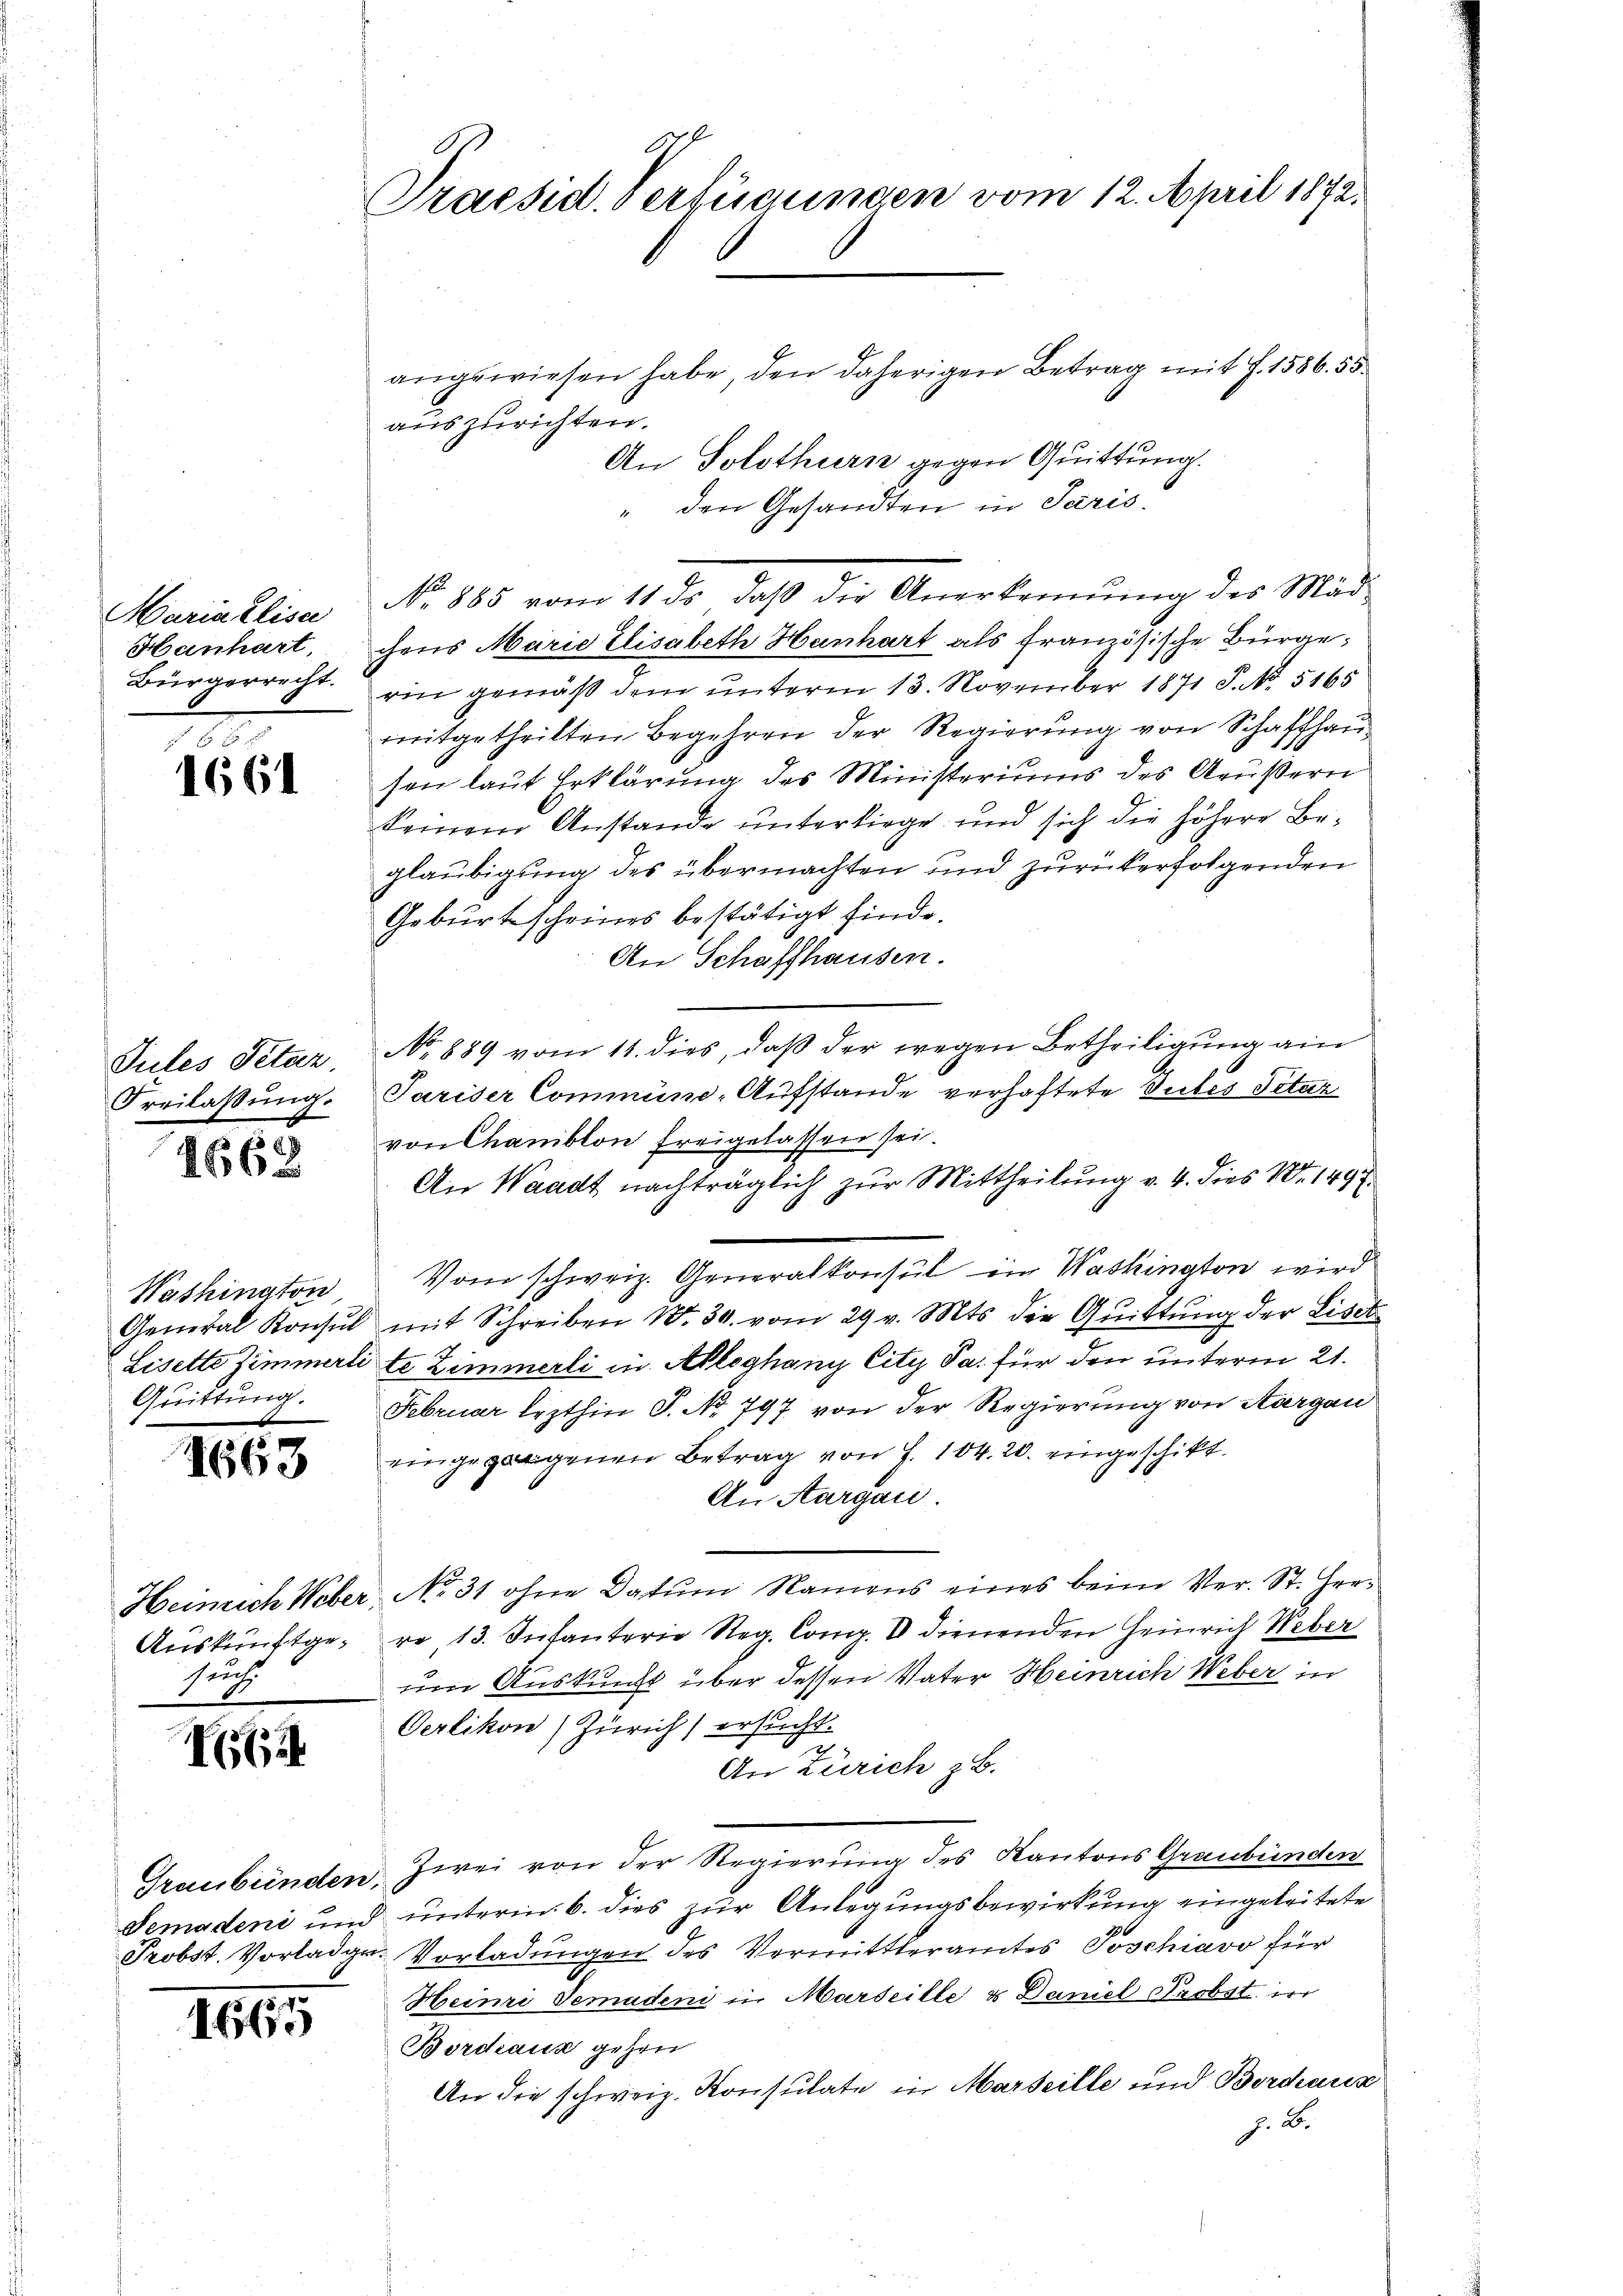
Mariallisa
Hanhart,
Bürgerrecht.

12
1661

Jules Petar.
Freilassung.

1662.

Quittung.

1663

surth

I64

1665

Praesid. Verfügungen vom 12. April 1872.

angewiesen habe, den daherigen Betrag mit 7. 1586. 55
auszurichten.
An Solothurn gegen Quittung.
" den Gesandten in Paris.
chens Marie Elisabeth Hanhart als französische Bürgerin gemäß dem unterm 13. November 1871 P. No. 5165
mitgetheilten Begehren der Regierung von Schaffhau
sen laut Erklärung des Ministeriums des Aeußern
keinem Anstande ŭnterliege und sich die höhere Be-
glaubigung des übermachten und zurückerfolgenden
Geburtscheines bestätigt finde.
An Schaffhausen.
No 889 vom 11. dies, daß der wegen Betheiligung ein
Pariser Commüne-Aufstande verhaftete Tutes Petar
von Chamiblon freigelassen sei.
An Waadt nachträglich zur Mittheilung v. 4. dies N. 149 f
Washington Vom schweiz. Generalkonsul in Washington wird
General Konsŭl mit Schreiben No. 30. vom 29 v. Mts. die Quittung der Liset
2
 Lisette Zimmerli te Zimmerli in Ableghany City Pa. für den unterm 21.
Februar lezthin S. No. 797 von der Regierung von Aargau
eingezogenen Betrag von F. 104. 20. eingeschikt.
An Aargau.
Heinrich Weber No. 31 ohne Datum Namens eines beim Ver- St. Her¬
Auskunftgere, 13. Infanterie Reg. Comp. V dienenden Heinrich Weber
um Auskunft über dessen Vater Heinrich Weber in
Verlikon) Zürich) ersucht.
An Zürich z. B.
Graubünden. Zwei von der Regierung des Kantons Graubünden
Semadeni und unterm 6. dies zur Anlegungsbewirkung eingeleitete
Probst. Vorladge. Vorladungen des Vormittleramtes Poschiavo für
Heinri Semadeni in Marseille u Daniel Probst is
Bordeaus gehen
An die schweiz. Konsulate in Marseille und Bordeaux
J. B.

No 885 vom 11. ds., daß die Anerkennung des Mäd-